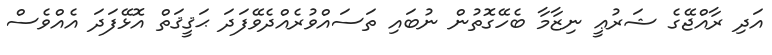
އަދި ރާއްޖޭގެ ޝަރުޢީ ނިޒާމާ ބެހޭގޮތުން ނުބައި ތަސައްވުރެއްދެވޭފަދަ ޙަޤީޤަތް އޮޅޭފަދަ އެއްވެސް